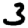
Digit: 3